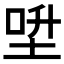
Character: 𡌍